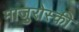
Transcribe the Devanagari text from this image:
माजुरोस्की